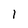
Character: 1